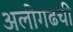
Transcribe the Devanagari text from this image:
अलीगढची